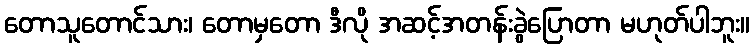
တောသူတောင်သား၊ တောမှတော ဒီလို အဆင့်အတန်းခွဲပြောတာ မဟုတ်ပါဘူး။